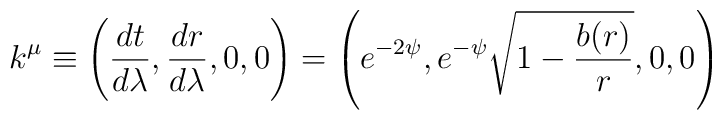
k^{\mu} \equiv \left (\frac{dt}{d\lambda}, \frac{dr}{d\lambda}, 0, 0\right ) = \left ( e^{-2\psi}, e^{-\psi}\sqrt{1-\frac{b(r)}{r}}, 0, 0\right )